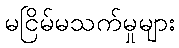
မငြိမ်မသက်မှုများ